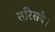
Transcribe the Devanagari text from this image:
सरिसवे।